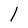
Character: l